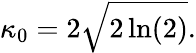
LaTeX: \kappa_{0}=2\sqrt{2\ln(2)}.